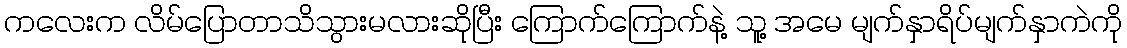
ကလေးက လိမ်ပြောတာသိသွားမလားဆိုပြီး ကြောက်ကြောက်နဲ့ သူ့ အမေ မျက်နှာရိပ်မျက်နှာကဲကို